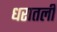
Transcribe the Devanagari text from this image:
धरातली